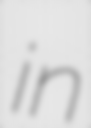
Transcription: in